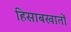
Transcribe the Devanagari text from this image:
हिसाबखातों